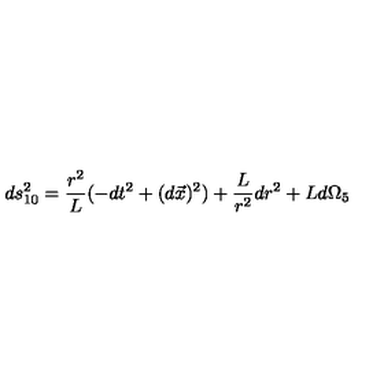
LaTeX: d s _ { 1 0 } ^ { 2 } = \frac { r ^ { 2 } } { L } ( - d t ^ { 2 } + ( d \vec { x } ) ^ { 2 } ) + \frac { L } { r ^ { 2 } } d r ^ { 2 } + L d \Omega _ { 5 }